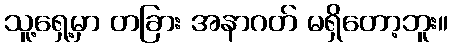
သူ့ရှေ့မှာ တခြား အနာဂတ် မရှိတော့ဘူး။